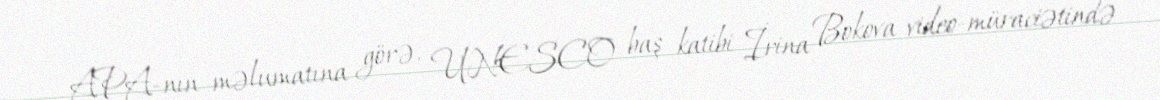
APA-nın məlumatına görə, UNESCO baş katibi İrina Bokova video-müraciətində